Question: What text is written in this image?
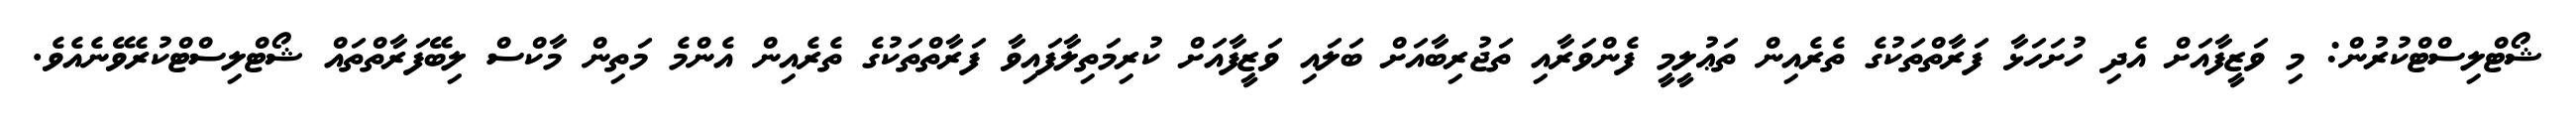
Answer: ޝޯޓްލިސްޓްކުރުން: މި ވަޒީފާއަށް އެދި ހުށަހަޅާ ފަރާތްތަކުގެ ތެރެއިން ތަޢުލީމީ ފެންވަރާއި ތަޖުރިބާއަށް ބަލައި ވަޒީފާއަށް ކުރިމަތިލާފައިވާ ފަރާތްތަކުގެ ތެރެއިން އެންމެ މަތިން މާކްސް ލިބޭފަރާތްތައް ޝޯޓްލިސްޓްކުރެވޭނެއެވެ.